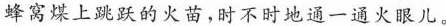
蜂窝煤上跳跃的火苗,时不时地通一通火眼儿。